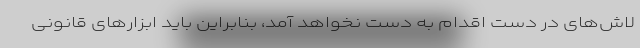
لاش‌های در دست اقدام به دست نخواهد آمد، بنابراین باید ابزارهای قانونی